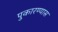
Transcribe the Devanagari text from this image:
पुकारण्यास